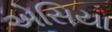
એસિયા